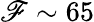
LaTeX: \mathscr{F}\sim65